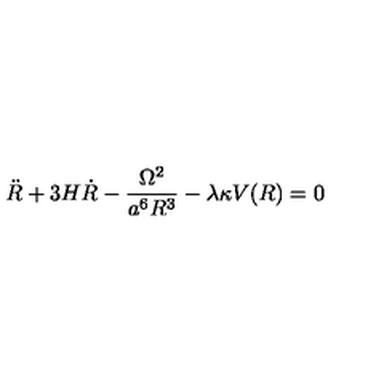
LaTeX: \ddot { R } + 3 H \dot { R } - \frac { \Omega ^ { 2 } } { a ^ { 6 } R ^ { 3 } } - \lambda \kappa V ( R ) = 0